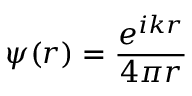
\psi ( r ) = { \frac { e ^ { i k r } } { 4 \pi r } }